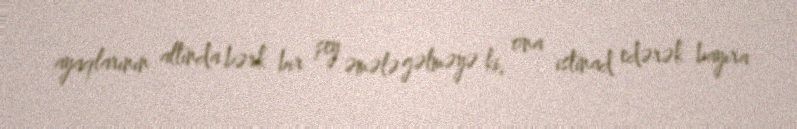
ayaqlarının altında bərk bir şey əmələ gəlməyə ki, ona istinad edərək bayıra